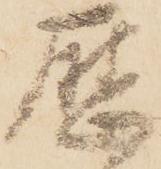
歴